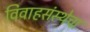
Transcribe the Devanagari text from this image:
विवाहसंस्थेचा